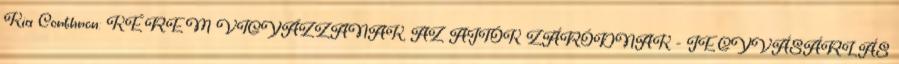
Kia Corthron: KÉREM VIGYÁZZANAK, AZ AJTÓK ZÁRÓDNAK - JEGYVÁSÁRLÁS